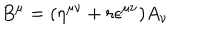
B ^ { \mu } = ( \eta ^ { \mu \nu } + r \epsilon ^ { \mu \nu } ) A _ { \nu }